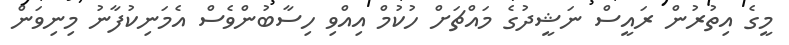
މީގެ އިތުރުން ރައީސް ނަޝީދުގެ މައްޗަށް ހުކުމް އިއްވި ހިސާބުންވެސް އެމަނިކުފާނު މިނިވަން